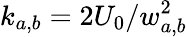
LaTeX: k_{a,b}=2U_{0}/w_{a,b}^{2}